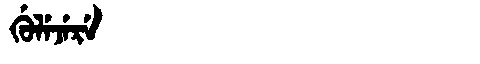
Manchu: ᡤᡠᠯᡝᠵᡝᡵᡝ
Romanization: GULEJERE